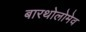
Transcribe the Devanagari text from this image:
बारथोलोमेव